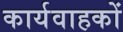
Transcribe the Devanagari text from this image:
कार्यवाहकों